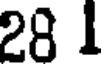
28 1